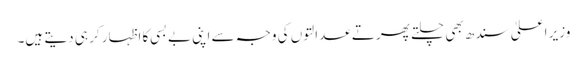
وزیر اعلیٰ سندھ بھی چلتے پھرتے عدالتوں کی وجہ سے اپنی بے بسی کا اظہار کر ہی دیتے ہیں۔